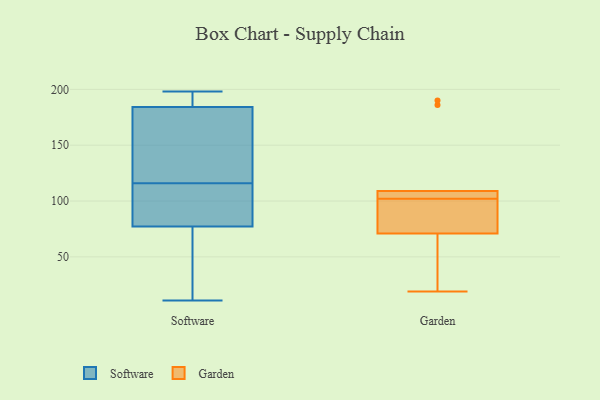
{"axis": {"x": "Humidity (%)", "y": "Value"}, "legend": ["Garden", "Software"], "data": [{"x": "", "y": 43, "type": "Software"}, {"x": "", "y": 186, "type": "Software"}, {"x": "", "y": 179, "type": "Software"}, {"x": "", "y": 19, "type": "Software"}, {"x": "", "y": 130, "type": "Software"}, {"x": "", "y": 81, "type": "Software"}, {"x": "", "y": 102, "type": "Software"}, {"x": "", "y": 156, "type": "Software"}, {"x": "", "y": 93, "type": "Software"}, {"x": "", "y": 198, "type": "Software"}, {"x": "", "y": 116, "type": "Software"}, {"x": "", "y": 94, "type": "Software"}, {"x": "", "y": 16, "type": "Software"}, {"x": "", "y": 11, "type": "Software"}, {"x": "", "y": 192, "type": "Software"}, {"x": "", "y": 197, "type": "Software"}, {"x": "", "y": 76, "type": "Software"}, {"x": "", "y": 186, "type": "Software"}, {"x": "", "y": 126, "type": "Software"}, {"x": "", "y": 94, "type": "Garden"}, {"x": "", "y": 186, "type": "Garden"}, {"x": "", "y": 102, "type": "Garden"}, {"x": "", "y": 19, "type": "Garden"}, {"x": "", "y": 109, "type": "Garden"}, {"x": "", "y": 107, "type": "Garden"}, {"x": "", "y": 190, "type": "Garden"}, {"x": "", "y": 29, "type": "Garden"}, {"x": "", "y": 102, "type": "Garden"}, {"x": "", "y": 71, "type": "Garden"}]}